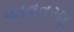
અવતરણ